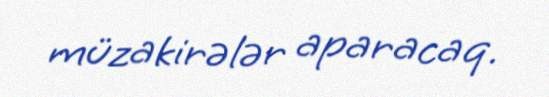
müzakirələr aparacaq.